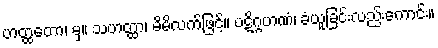
ဟတ္ထတော၊ မှ။ သဟတ္ထာ၊ မိမိလက်ဖြင့်။ ပဋိဂ္ဂဟဏံ၊ ခံယူခြင်းလည်းကောင်း။